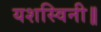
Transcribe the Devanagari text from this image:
यशस्विनी॥